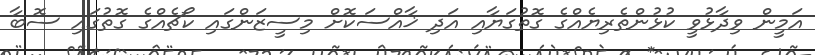
އަމީން ވިދާޅުވީ ކުޅުންތެރިޔެއްގެ ގޮތުގަޔާއި އަދި ޚާއްސަކޮށް މިސީޒަންގައި ކޯޗެއްގެ ގޮތުގައި ސޮބާ